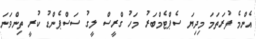
އެންމެ ފުރަތަމަ މިދިޔަ ސެޕްޓެމްބަރު މަހު ގްރީސް ލީގު ސަސްޕެންޑު ކުރީ ތިންވަނަ